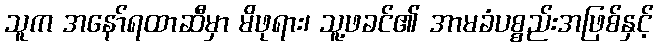
သူက အနော်ရထာဆီမှာ မိဖုရား၊ သူ့ဖခင်၏ အာမခံပစ္စည်းအဖြစ်နှင့်